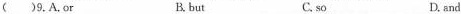
( )9. A.or B.but C.so D.and